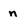
Character: n